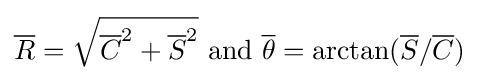
{\overline {R}}={\sqrt {{\overline {C}}^{2}+{\overline {S}}^{2}}}{\text{ and }}{\overline {\theta }}=\arctan({\overline {S}}/{\overline {C}})